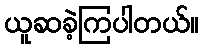
ယူဆခဲ့ကြပါတယ်။